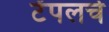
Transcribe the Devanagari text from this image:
टेंपलचे